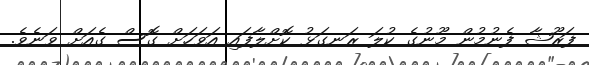
ފަރޫޝާ ފެނުމުން މޫނުގެ ކުލަ ރަނގަޅު ކޮށްލާފައި އަވަހަށް ގޮސް ގެއަށް ވަނެވެ.